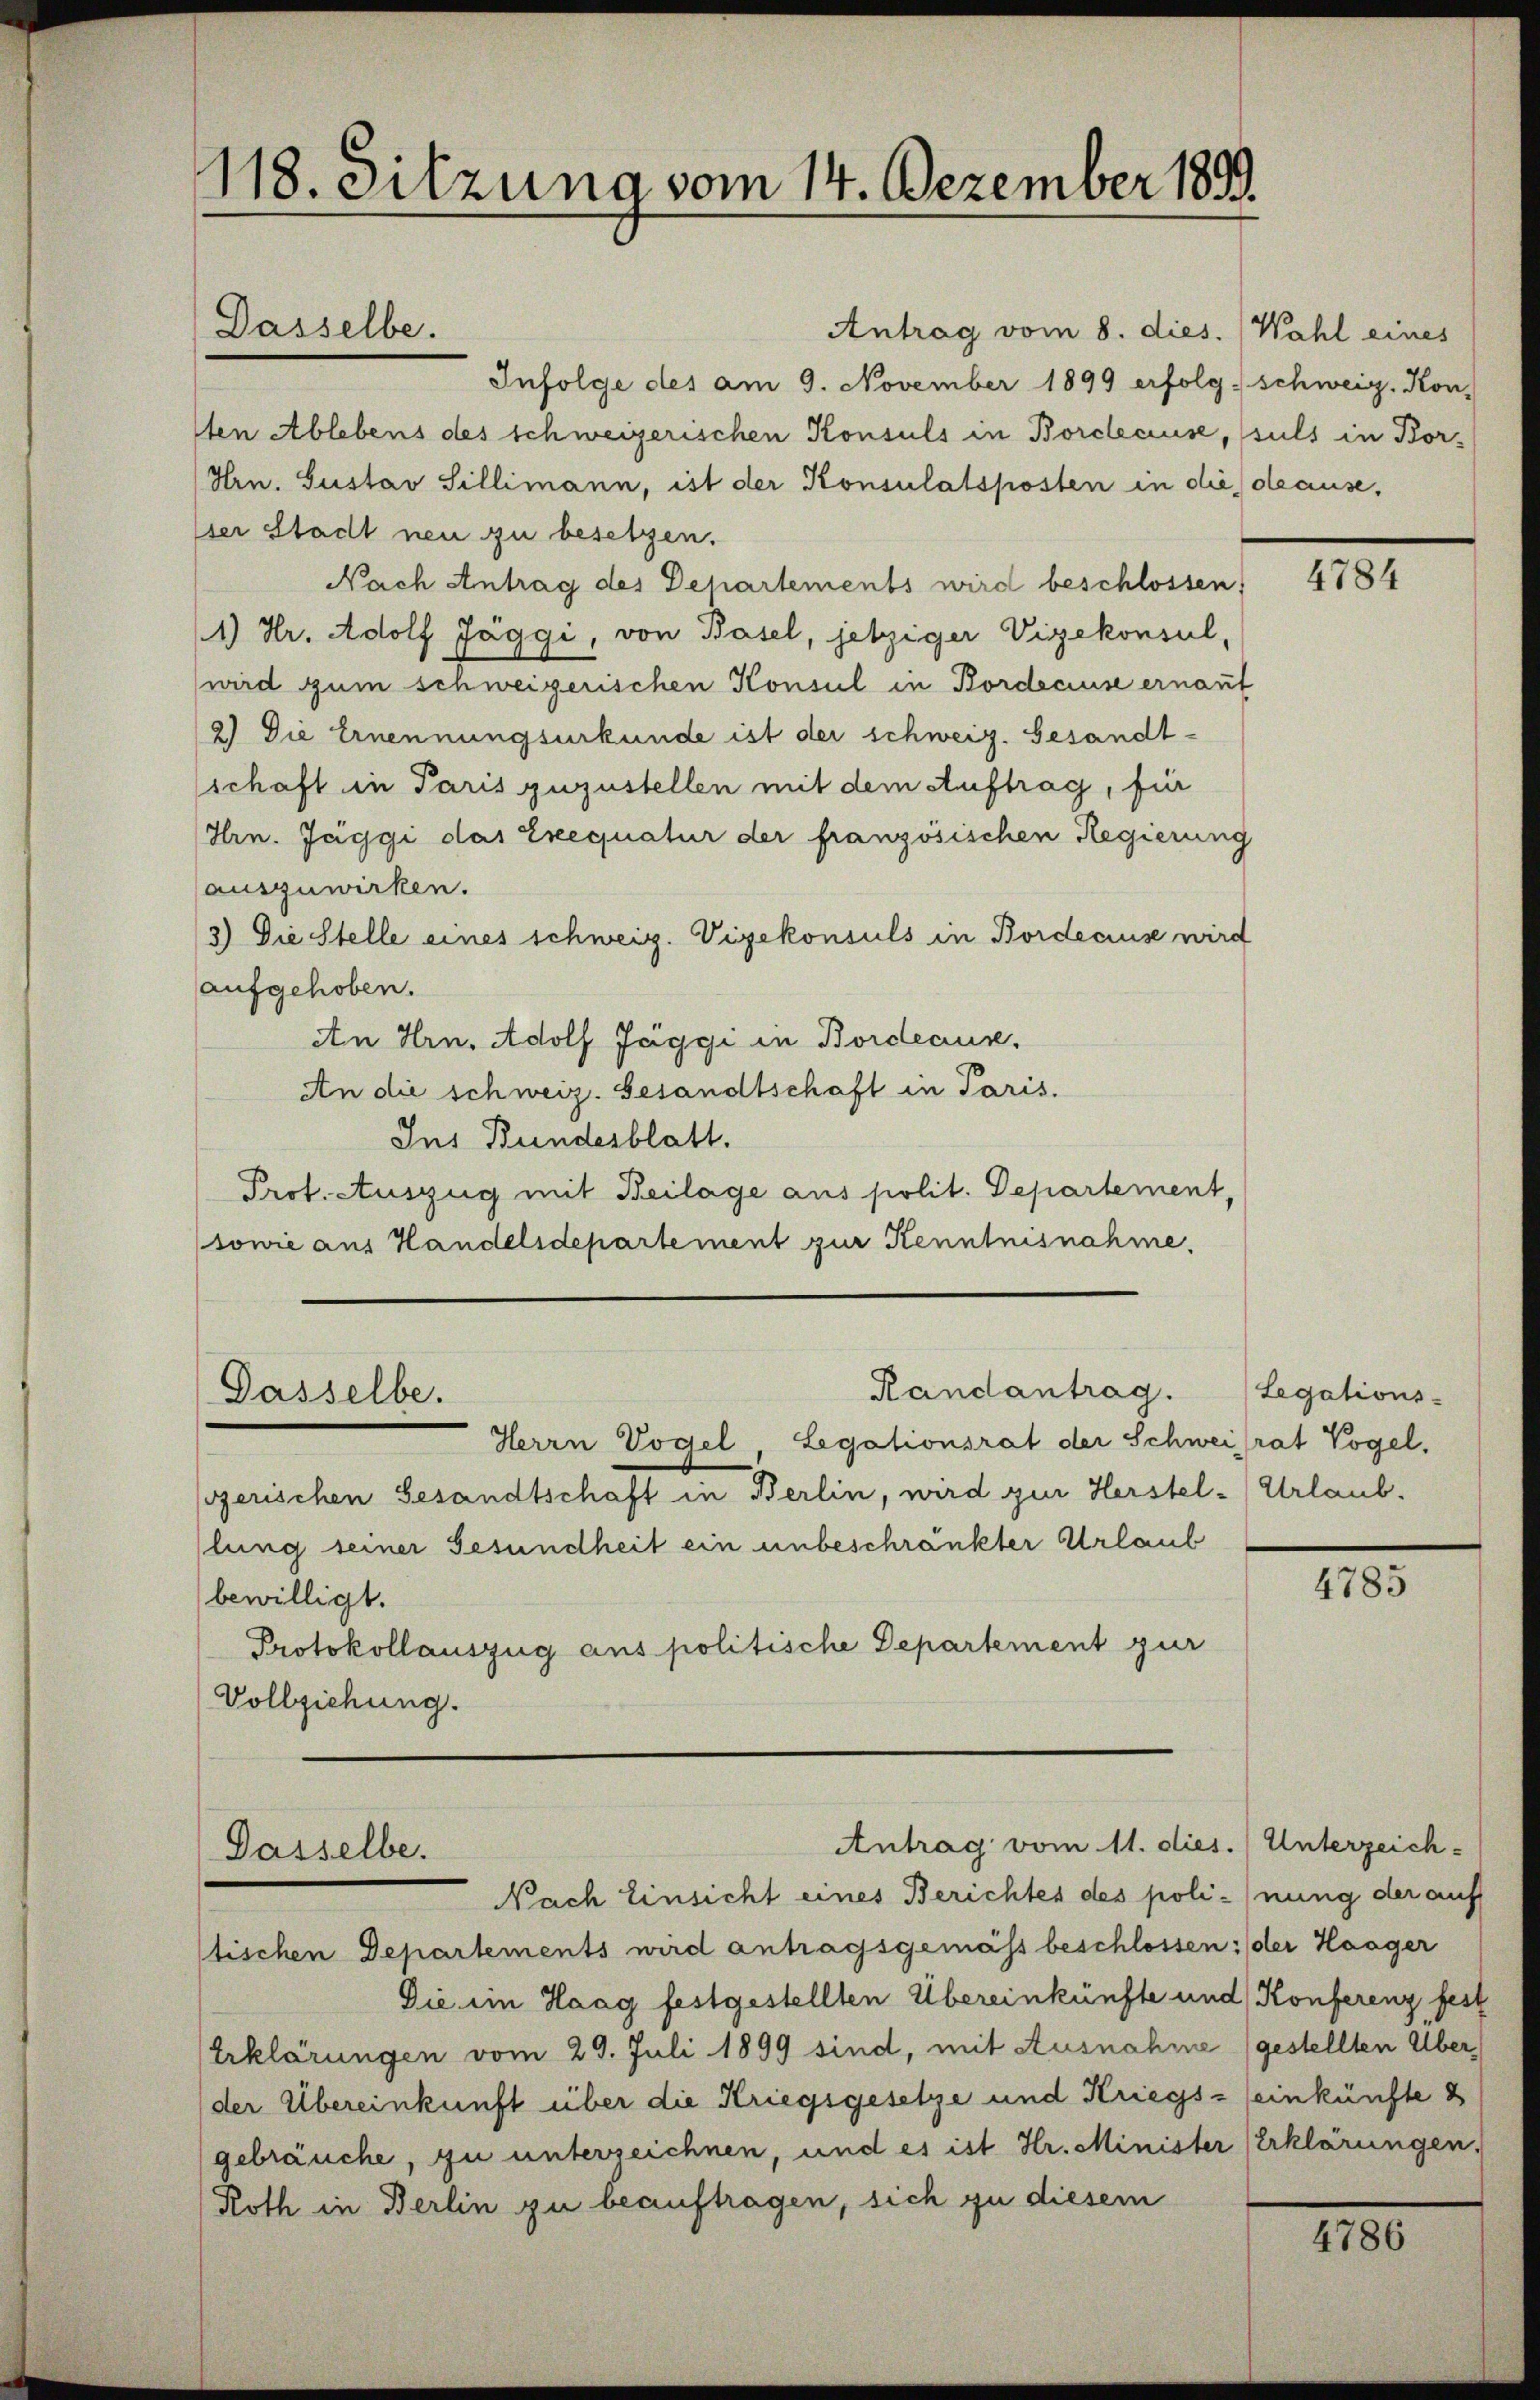
¬
118. Sitzung vom 14. Dezember 1899.

Dasselbe.

Dasselbe.

Antrag vom 8. dies. Wahl eines
Infolge des am 9. November 1899 erfolg schweiz. Kon-
dten Ablebens des schweizerischen Konsuls in Borclause, suls in Bor¬
Hrn. Gustav Sillimann, ist der Konsulatsposten in die deause,
sser Stadt neu zu besetzen.
Nach Antrag des Departements wird beschlossen:
1) Hr. Adolf Jäggi, von Basel, jetziger Vizekonsul,
wird zum schweizerischen Konsul in Bordeause ernant
2) Die Ernennungsurkunde ist der schweiz. Gesandtschaft in Paris zuzustellen mit dem Auftrag, für
Hrn. Jaggi das Exequatur der französischen Regierung
auszuwirken.
3) Die Stelle eines schweiz. Vizekonsuls in Bordeause wird
aufgehoben.
An Hrn. Adolf Jaggi in Bordeause.
An die schweiz. Gesandtschaft in Paris.
Ins Bundesblatt.
Prot. Auszug mit Beilage aus polit. Departement,
sowie aus Handelsdepartement zur Kenntnisnahme.

Herrn Vogel, Legationsrat der Schweirat Vogel,
szerischen Gesandtschaft in Berlin, wird zur Herstel-Urlaub.
llung seiner Gesundheit ein unbeschränkter Urlaub
bewilligt.
Protokollauszug aus politische Departement zur
Vollziehung.

Antrag vom 11. dies. (Unterzeich-
Dasselbe.
Nach Einsicht eines Berichtes des poli-nung der auf

Randantrag.

stischen Departements wird antragsgemäss beschlossen: der Haager
Die im Haag festgestellten Übereinkünfte und Konferenz fest
Erklärungen vom 29. Juli 1899 sind, mit Ausnahme (gestellten Überder Übereinkunft über die Kriegsgesetze und Kriegs- (einkünfte d
gebräuche, zu unterzeichnen, und es ist Hr. Minister Erklärungen,
Roth in Berlin zu beauftragen, sich zu diesem

4784

Legations-

4785

4786